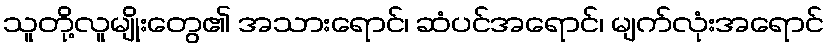
သူတို့လူမျိုးတွေ၏ အသားရောင်၊ ဆံပင်အရောင်၊ မျက်လုံးအရောင်